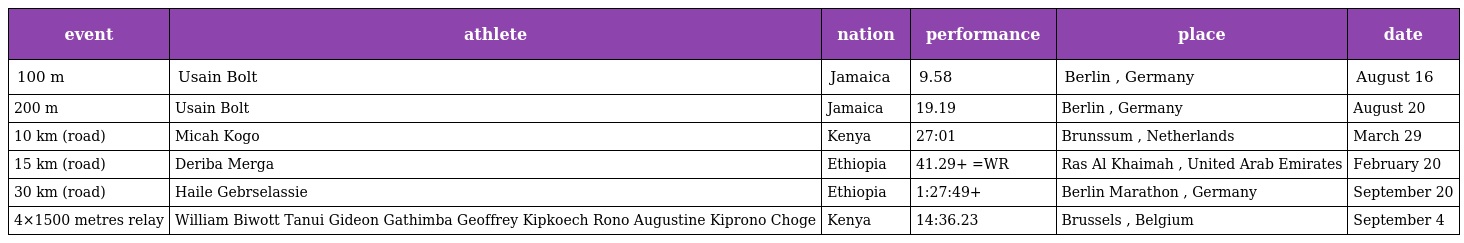
| event | athlete | nation | performance | place | date |
 | --- | --- | --- | --- | --- | --- |
 | 100 m | Usain Bolt | Jamaica | 9.58 | Berlin , Germany | August 16 |
 | 200 m | Usain Bolt | Jamaica | 19.19 | Berlin , Germany | August 20 |
 | 10 km (road) | Micah Kogo | Kenya | 27:01 | Brunssum , Netherlands | March 29 |
 | 15 km (road) | Deriba Merga | Ethiopia | 41.29+ =WR | Ras Al Khaimah , United Arab Emirates | February 20 |
 | 30 km (road) | Haile Gebrselassie | Ethiopia | 1:27:49+ | Berlin Marathon , Germany | September 20 |
 | 4×1500 metres relay | William Biwott Tanui Gideon Gathimba Geoffrey Kipkoech Rono Augustine Kiprono Choge | Kenya | 14:36.23 | Brussels , Belgium | September 4 |